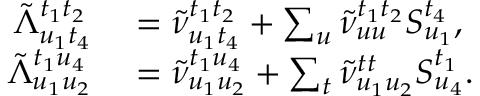
\begin{array} { r l } { \tilde { \Lambda } _ { u _ { 1 } t _ { 4 } } ^ { t _ { 1 } t _ { 2 } } } & { { } = \tilde { \nu } _ { u _ { 1 } t _ { 4 } } ^ { t _ { 1 } t _ { 2 } } + \sum _ { u } \tilde { \nu } _ { u u } ^ { t _ { 1 } t _ { 2 } } S _ { u _ { 1 } } ^ { t _ { 4 } } , } \\ { \tilde { \Lambda } _ { u _ { 1 } u _ { 2 } } ^ { t _ { 1 } u _ { 4 } } } & { { } = \tilde { \nu } _ { u _ { 1 } u _ { 2 } } ^ { t _ { 1 } u _ { 4 } } + \sum _ { t } \tilde { \nu } _ { u _ { 1 } u _ { 2 } } ^ { t t } S _ { u _ { 4 } } ^ { t _ { 1 } } . } \end{array}